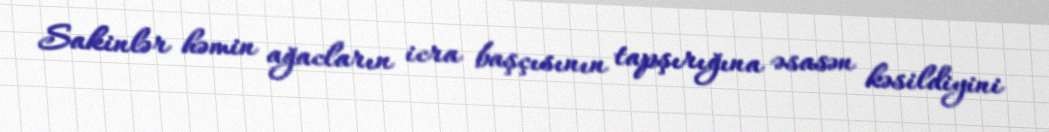
Sakinlər həmin ağacların icra başçısının tapşırığına əsasən kəsildiyini